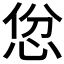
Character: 𪫱